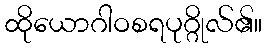
ထိုယောဂါဝစရပုဂ္ဂိုလ်၏။